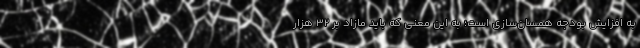
به افزایش بودجه همسان‌سازی است؛ به این معنی که باید مازاد بر ۳۲ هزار